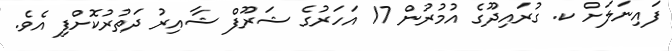
ފައިނަލަށް ކ. ގުރައިދޫގެ އުމުރުން 17 އަހަރުގެ ޝަރޫފް ޝާއިރު ދަތުރުކޮށްފި އެވެ.